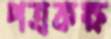
পত্রকক্ষ